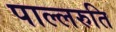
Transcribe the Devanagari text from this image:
पाल्लरुति